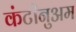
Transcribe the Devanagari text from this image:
कंटीनुअम